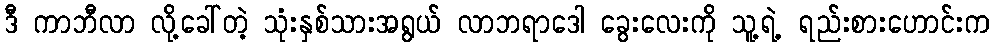
ဒီ ကာဘီလာ လို့ခေါ်တဲ့ သုံးနှစ်သားအရွယ် လာဘရာဒေါ ခွေးလေးကို သူ့ရဲ့ ရည်းစားဟောင်းက